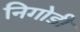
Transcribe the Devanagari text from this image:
निगोडी